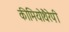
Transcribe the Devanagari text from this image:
कीमियोथैरेपी